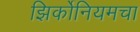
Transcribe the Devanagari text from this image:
झिर्कोनियमचा